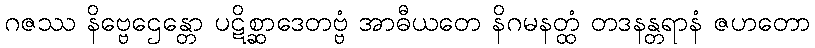
ဂဇဿ နိဗ္ဗေဌေန္တော ပဋိစ္ဆာဒေတဗ္ဗံ အာဓီယတေ နိဂမနတ္ထံ တဒနန္တရာနံ ဇဟတော